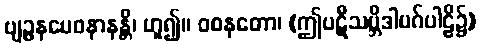
ဗျဉ္ဇနမေဝနာနန္တိ၊ ဟူ၍။ ဝစနတော၊ (ဤပဋီသမ္ဘိဒါမဂ်ပါဠိ၌)